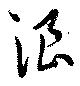
浪